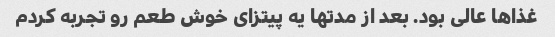
غذا‌ها عالی بود. بعد از مدتها یه پیتزای خوش طعم رو تجربه کردم